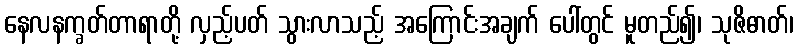
နေလနက္ခတ်တာရာတို့ လှည့်ပတ် သွားလာသည့် အကြောင်းအချက် ပေါ်တွင် မူတည်၍၊ သုဇိဓာတ်၊